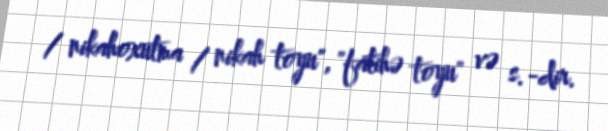
/ nikahoxutma / nikah toyu", "fatihə toyu" və s.-dir.